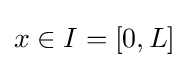
x\in I=[0,L]